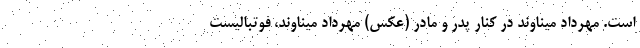
است. مهرداد میناوند در کنار پدر و مادر (عکس) مهرداد میناوند، فوتبالیست